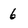
Character: 6